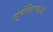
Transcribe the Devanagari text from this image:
सूर्यकिरणांची